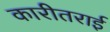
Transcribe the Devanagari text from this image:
कारीतराई